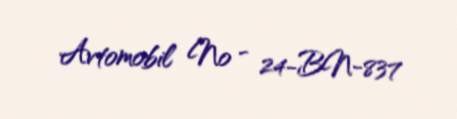
Avtomobil № - 24-BN-837